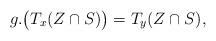
LaTeX: \begin{align*} g.\big( T_x (Z\cap S) \big) = T_y(Z\cap S) , \end{align*}